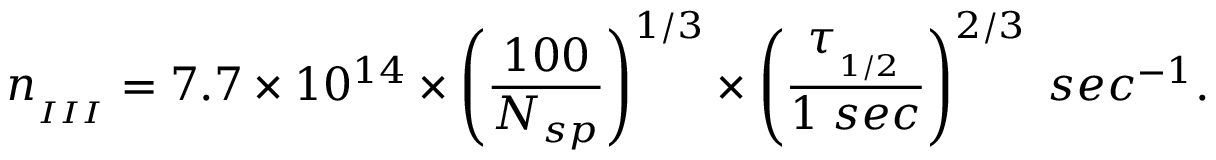
n _ { _ { I I I } } = 7 . 7 \times 1 0 ^ { 1 4 } \times \left( \frac { 1 0 0 } { N _ { s p } } \right) ^ { 1 / 3 } \times \left( \frac { \tau _ { _ { 1 / 2 } } } { 1 \; s e c } \right) ^ { 2 / 3 } \; s e c ^ { - 1 } .